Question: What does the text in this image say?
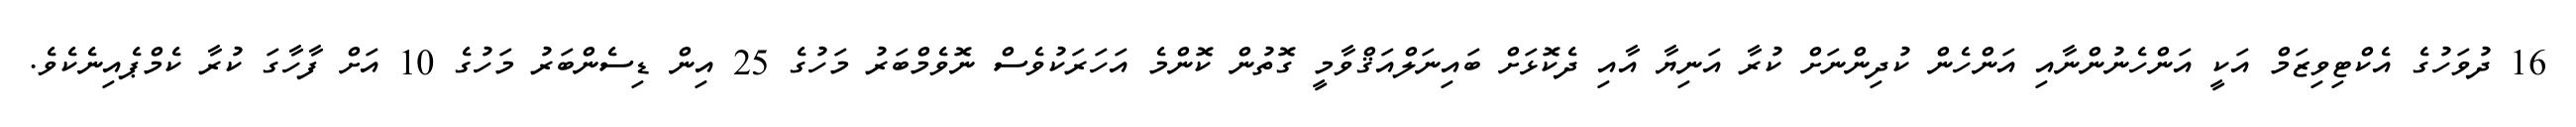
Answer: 16 ދުވަހުގެ އެކްޓިވިޒަމް އަކީ އަންހެނުންނާއި އަންހެން ކުދިންނަށް ކުރާ އަނިޔާ އާއި ދެކޮޅަށް ބައިނަލްއަޤްވާމީ ގޮތުން ކޮންމެ އަހަރަކުވެސް ނޮވެމްބަރު މަހުގެ 25 އިން ޑިސެންބަރު މަހުގެ 10 އަށް ފާހާގަ ކުރާ ކެމްޕެއިނެކެވެ.